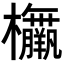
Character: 𣡅